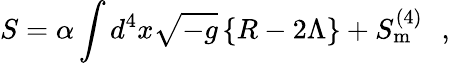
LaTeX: S=\alpha\int d^{4}x\sqrt{-g}\left\{ R-2\Lambda\right\} +S_{\mathrm{{m}}}^{(4)}\, \, \, \, ,